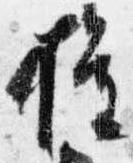
権